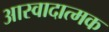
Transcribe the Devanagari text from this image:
आस्वादात्मक